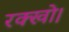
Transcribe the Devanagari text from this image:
रक्खो।